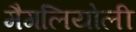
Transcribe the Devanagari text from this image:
मैगलियोली